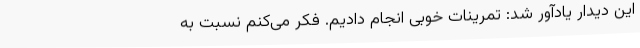
این دیدار یادآور شد: تمرینات خوبی انجام دادیم. فکر می‌کنم نسبت به